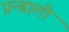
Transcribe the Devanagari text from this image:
प्रन्बाली